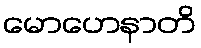
မောဟေနာတိ